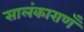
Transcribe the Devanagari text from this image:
सालंकाराणँ